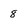
Character: 8